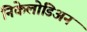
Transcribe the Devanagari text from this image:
निकेलोडिअन